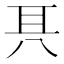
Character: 𠔐